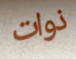
ذوات